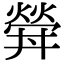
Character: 𤍧